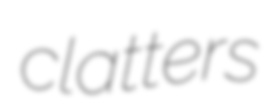
clatters